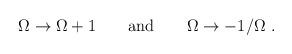
LaTeX: \begin{align*}\Omega \to \Omega + 1 \qquad {\rm and} \qquad \Omega \to - 1/\Omega \ .\end{align*}